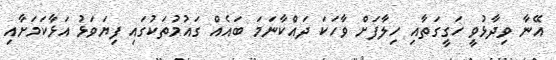
އޭނާ ވިދާޅުވީ ހަގީގަތާއި ހިލާފަށް ވާހަކަ ދައްކާނަމަ ބައެއް ގައުމުތަކުގައި ފިޔަވަޅު އަޅާކަމަށާއި